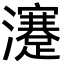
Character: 瀽